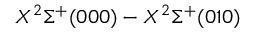
X ^ { 2 } \Sigma ^ { + } ( 0 0 0 ) - X ^ { 2 } \Sigma ^ { + } ( 0 1 0 )